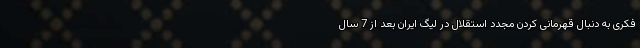
فکری به دنبال قهرمانی کردن مجدد استقلال در لیگ ایران بعد از 7 سال